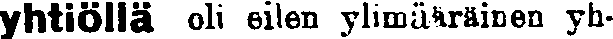
yhtiöllä oli eilen ylimääräinen yh-